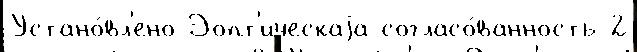
Устано́вл'ено Эопт'ическаjа согласо́ванность 2